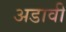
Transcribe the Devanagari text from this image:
अडावी